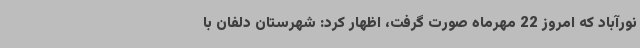
نورآباد که امروز 22 مهرماه صورت گرفت، اظهار کرد: شهرستان دلفان با